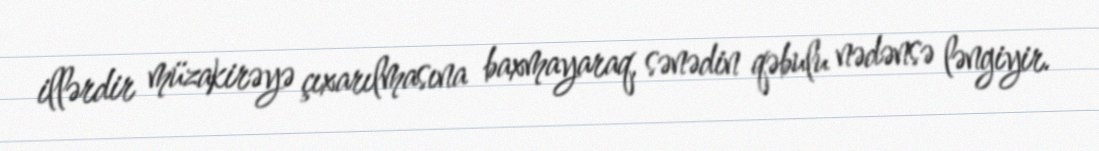
illərdir müzakirəyə çıxarılmasına baxmayaraq, sənədin qəbulu nədənsə ləngiyir.